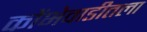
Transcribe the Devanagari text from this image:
कोंभेवाडीतला